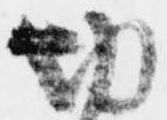
切